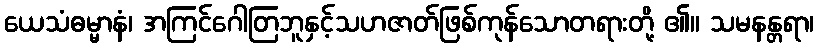
ယေသံဓမ္မာနံ၊ အကြင်ဂေါတြဘူနှင့်သဟဇာတ်ဖြစ်ကုန်သောတရားတို့ ၏။ သမနန္တရာ၊